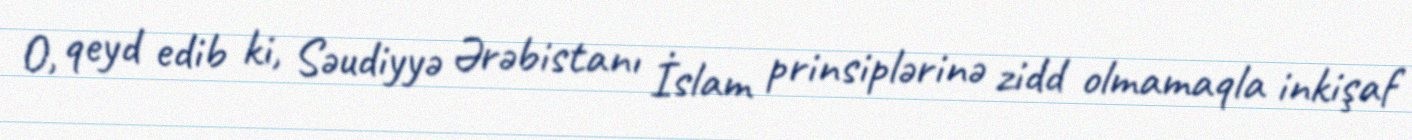
O, qeyd edib ki, Səudiyyə Ərəbistanı İslam prinsiplərinə zidd olmamaqla inkişaf